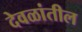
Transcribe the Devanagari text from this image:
देवळांतील